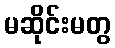
မဆိုင်းမတွ